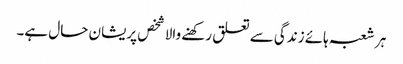
ہر شعبہ ہائے زندگی سے تعلق رکھنے والا شخص پریشان حال ہے۔